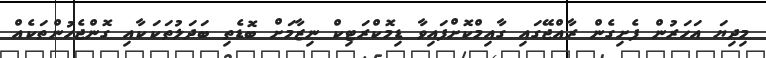
މިދިޔަ އަހަރުން ފެށިގެން ރާއްޖޭގައި ގާއިމްކޮށްފައިވާ ޑިމޮކްރަޓިކް ނިޒާމަށް ބޮޑެތި ބަދަލުތަކަކާއި ގޮންޖެހުންތަކެއް